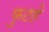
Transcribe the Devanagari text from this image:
फुटहे